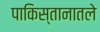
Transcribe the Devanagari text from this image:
पाकिस्तानातले